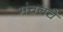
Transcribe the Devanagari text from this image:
मंचनचे